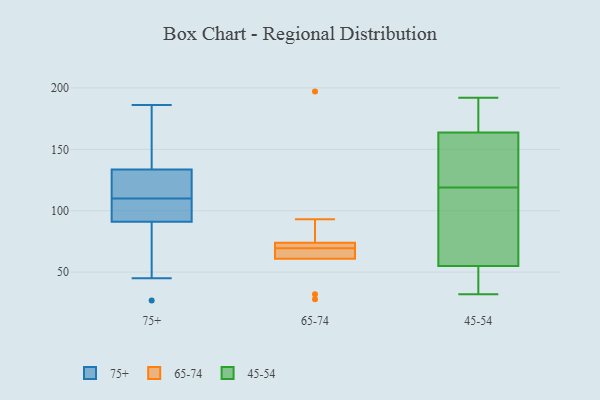
{"axis": {"x": "Waste Production (Tons)", "y": "Value"}, "legend": ["45-54", "65-74", "75+"], "data": [{"x": "", "y": 115, "type": "75+"}, {"x": "", "y": 147, "type": "75+"}, {"x": "", "y": 110, "type": "75+"}, {"x": "", "y": 186, "type": "75+"}, {"x": "", "y": 106, "type": "75+"}, {"x": "", "y": 45, "type": "75+"}, {"x": "", "y": 120, "type": "75+"}, {"x": "", "y": 110, "type": "75+"}, {"x": "", "y": 83, "type": "75+"}, {"x": "", "y": 99, "type": "75+"}, {"x": "", "y": 27, "type": "75+"}, {"x": "", "y": 159, "type": "75+"}, {"x": "", "y": 74, "type": "65-74"}, {"x": "", "y": 66, "type": "65-74"}, {"x": "", "y": 63, "type": "65-74"}, {"x": "", "y": 28, "type": "65-74"}, {"x": "", "y": 74, "type": "65-74"}, {"x": "", "y": 197, "type": "65-74"}, {"x": "", "y": 32, "type": "65-74"}, {"x": "", "y": 61, "type": "65-74"}, {"x": "", "y": 93, "type": "65-74"}, {"x": "", "y": 73, "type": "65-74"}, {"x": "", "y": 192, "type": "45-54"}, {"x": "", "y": 141, "type": "45-54"}, {"x": "", "y": 49, "type": "45-54"}, {"x": "", "y": 57, "type": "45-54"}, {"x": "", "y": 79, "type": "45-54"}, {"x": "", "y": 163, "type": "45-54"}, {"x": "", "y": 48, "type": "45-54"}, {"x": "", "y": 115, "type": "45-54"}, {"x": "", "y": 171, "type": "45-54"}, {"x": "", "y": 32, "type": "45-54"}, {"x": "", "y": 189, "type": "45-54"}, {"x": "", "y": 130, "type": "45-54"}, {"x": "", "y": 45, "type": "45-54"}, {"x": "", "y": 134, "type": "45-54"}, {"x": "", "y": 119, "type": "45-54"}, {"x": "", "y": 83, "type": "45-54"}, {"x": "", "y": 166, "type": "45-54"}]}